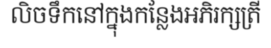
លិចទឹកនៅក្នុងកន្លែងអភិរក្សត្រី